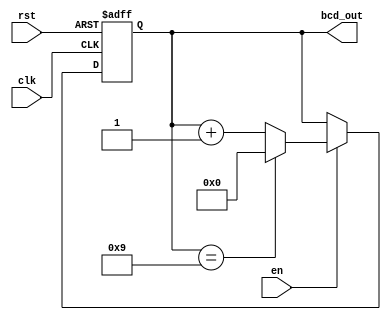
module bcd_counter (
    input wire clk,        // Clock signal
    input wire rst,        // Asynchronous reset signal
    input wire en,         // Enable signal
    output reg [3:0] bcd_out // 4-bit BCD output
);

// Always block triggered on the rising edge of the clock or when reset is asserted
always @(posedge clk or posedge rst) begin
    if (rst) begin
        // Reset the counter to 0000
        bcd_out <= 4'b0000;
    end else if (en) begin
        // Increment the counter if enabled
        if (bcd_out == 4'b1001) begin
            // If the counter reaches 9 (1001), reset to 0
            bcd_out <= 4'b0000;
        end else begin
            // Otherwise, increment the counter
            bcd_out <= bcd_out + 1;
        end
    end
end

endmodule